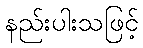
နည်းပါးသဖြင့်